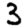
Digit: 3